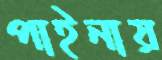
পাইনায়